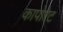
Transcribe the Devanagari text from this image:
कापोरेट